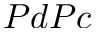
P d P c